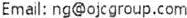
EMAIL: NG@OJCGROUP.COM